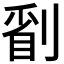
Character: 𠞔